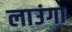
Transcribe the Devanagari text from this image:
लाउंगा